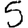
Digit: 5